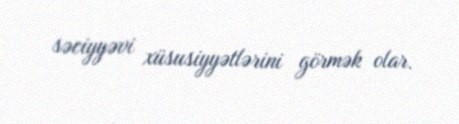
səciyyəvi xüsusiyyətlərini görmək olar.